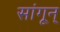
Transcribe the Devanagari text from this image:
सांगून्